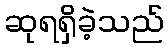
ဆုရရှိခဲ့သည်